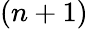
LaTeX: (n+1)